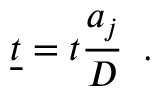
\underline { { t } } = t \frac { a _ { j } } { D } \, \mathrm { ~ . ~ }